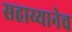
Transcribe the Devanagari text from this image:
सहाय्यानेच